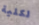
لكلية